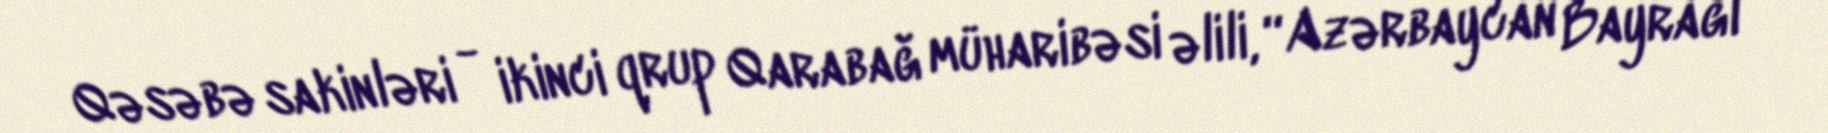
Qəsəbə sakinləri - ikinci qrup Qarabağ müharibəsi əlili, “Azərbaycan Bayrağı”